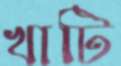
খাটি